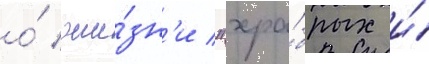
о́ жи́зн'и "хра́брых и́